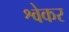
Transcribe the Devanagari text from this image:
श्वेकर